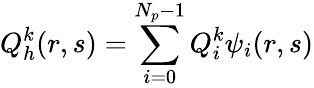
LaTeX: Q_{h}^{k}(r,s)=\sum_{i=0}^{N_{p}-1}Q_{i}^{k}\psi_{i}(r,s)